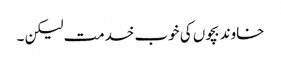
خاوند بچوں کی خوب خدمت لیکن ۔